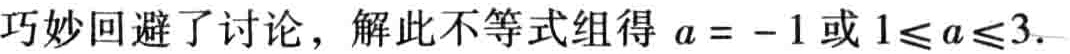
巧妙回避了讨论，解此不等式组得 \(a = - 1\) 或 \(1\leqslant a\leqslant3\).